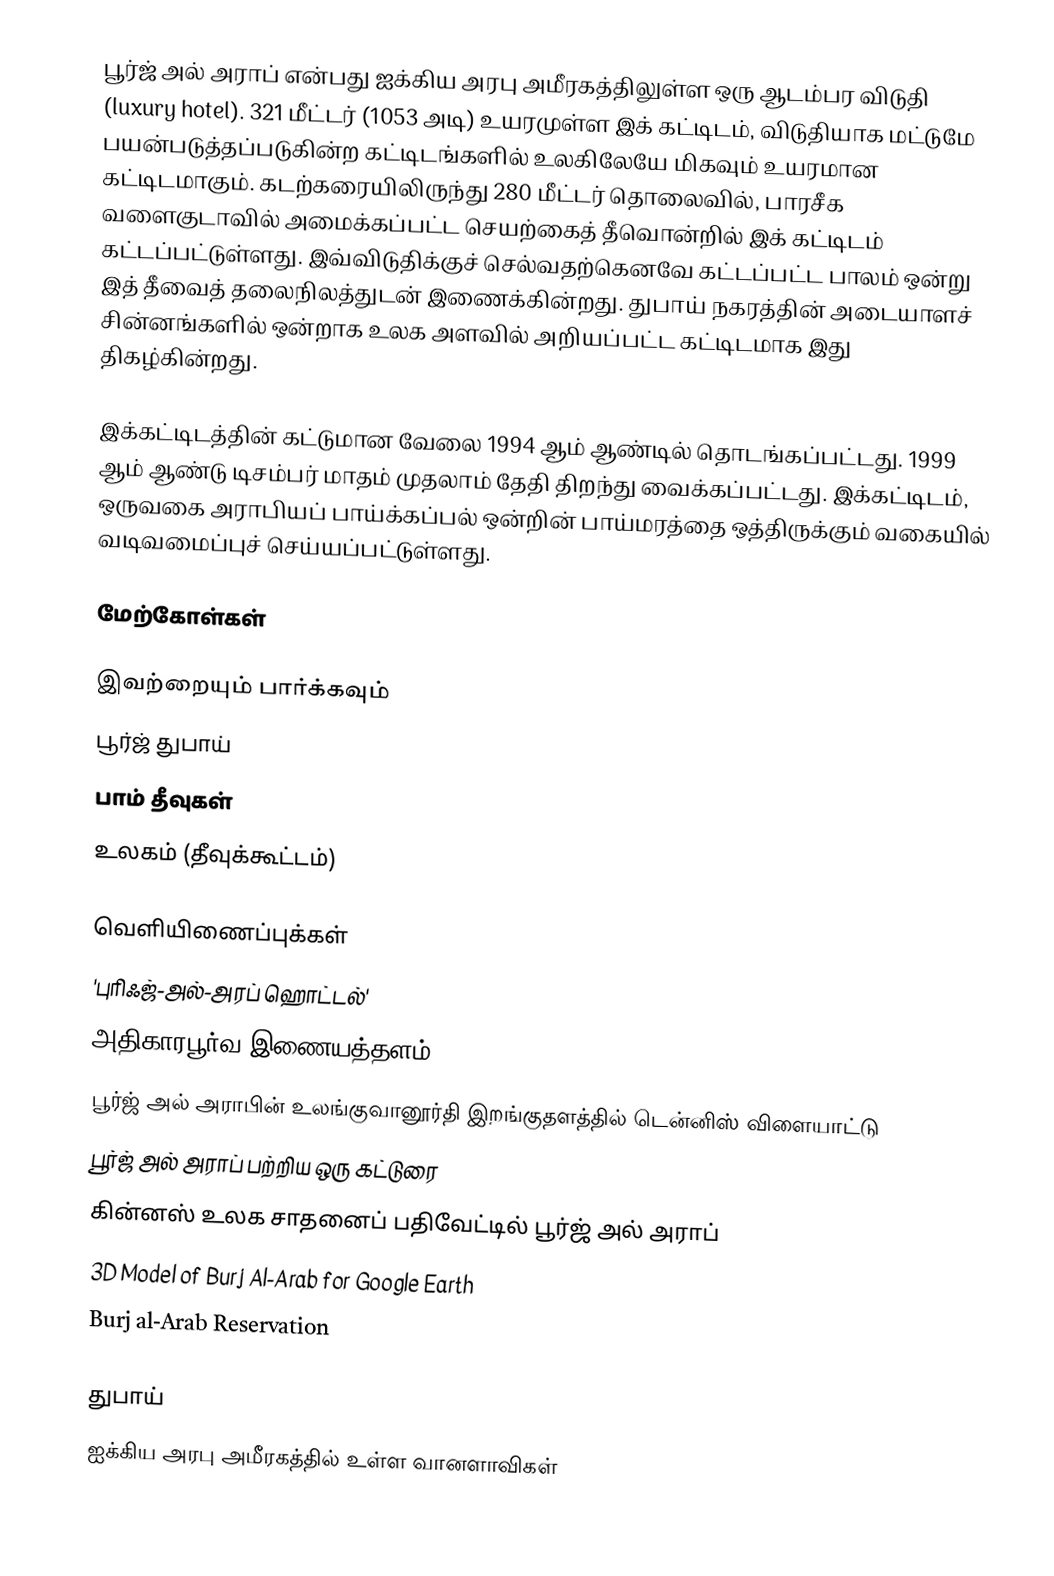
பூர்ஜ் அல் அராப் என்பது ஐக்கிய அரபு அமீரகத்திலுள்ள ஒரு ஆடம்பர விடுதி (luxury hotel). 321 மீட்டர் (1053 அடி) உயரமுள்ள இக் கட்டிடம், விடுதியாக மட்டுமே பயன்படுத்தப்படுகின்ற கட்டிடங்களில் உலகிலேயே மிகவும் உயரமான கட்டிடமாகும். கடற்கரையிலிருந்து 280 மீட்டர் தொலைவில், பாரசீக வளைகுடாவில் அமைக்கப்பட்ட செயற்கைத் தீவொன்றில் இக் கட்டிடம் கட்டப்பட்டுள்ளது. இவ்விடுதிக்குச் செல்வதற்கெனவே கட்டப்பட்ட பாலம் ஒன்று இத் தீவைத் தலைநிலத்துடன் இணைக்கின்றது. துபாய் நகரத்தின் அடையாளச் சின்னங்களில் ஒன்றாக உலக அளவில் அறியப்பட்ட கட்டிடமாக இது திகழ்கின்றது.

இக்கட்டிடத்தின் கட்டுமான வேலை 1994 ஆம் ஆண்டில் தொடங்கப்பட்டது. 1999 ஆம் ஆண்டு டிசம்பர் மாதம் முதலாம் தேதி திறந்து வைக்கப்பட்டது. இக்கட்டிடம், ஒருவகை அராபியப் பாய்க்கப்பல் ஒன்றின் பாய்மரத்தை ஒத்திருக்கும் வகையில் வடிவமைப்புச் செய்யப்பட்டுள்ளது.

மேற்கோள்கள்

இவற்றையும் பார்க்கவும்
 பூர்ஜ் துபாய்
 பாம் தீவுகள்
 உலகம் (தீவுக்கூட்டம்)

வெளியிணைப்புக்கள்
 'புரிஃஜ்-அல்-அரப் ஹொட்டல்'
 அதிகாரபூர்வ இணையத்தளம்
 பூர்ஜ் அல் அராபின் உலங்குவானூர்தி இறங்குதளத்தில் டென்னிஸ் விளையாட்டு
 பூர்ஜ் அல் அராப் பற்றிய ஒரு கட்டுரை
 கின்னஸ் உலக சாதனைப் பதிவேட்டில் பூர்ஜ் அல் அராப்
 3D Model of Burj Al-Arab for Google Earth
 Burj al-Arab Reservation

துபாய்
ஐக்கிய அரபு அமீரகத்தில் உள்ள வானளாவிகள்